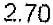
2.70